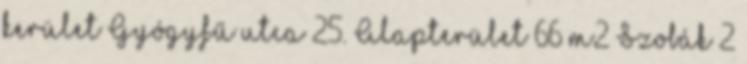
kerület Gyógyfű utca 25. Alapterület 66 m2 Szobák 2